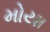
મોયા